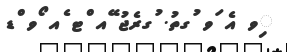
ިވ އެ ަވ ުގތު. ުގރެޖު ޭއ ްޓ ެއ ޯވ ްޑ